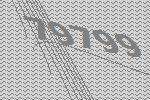
79799